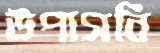
উপাসনি